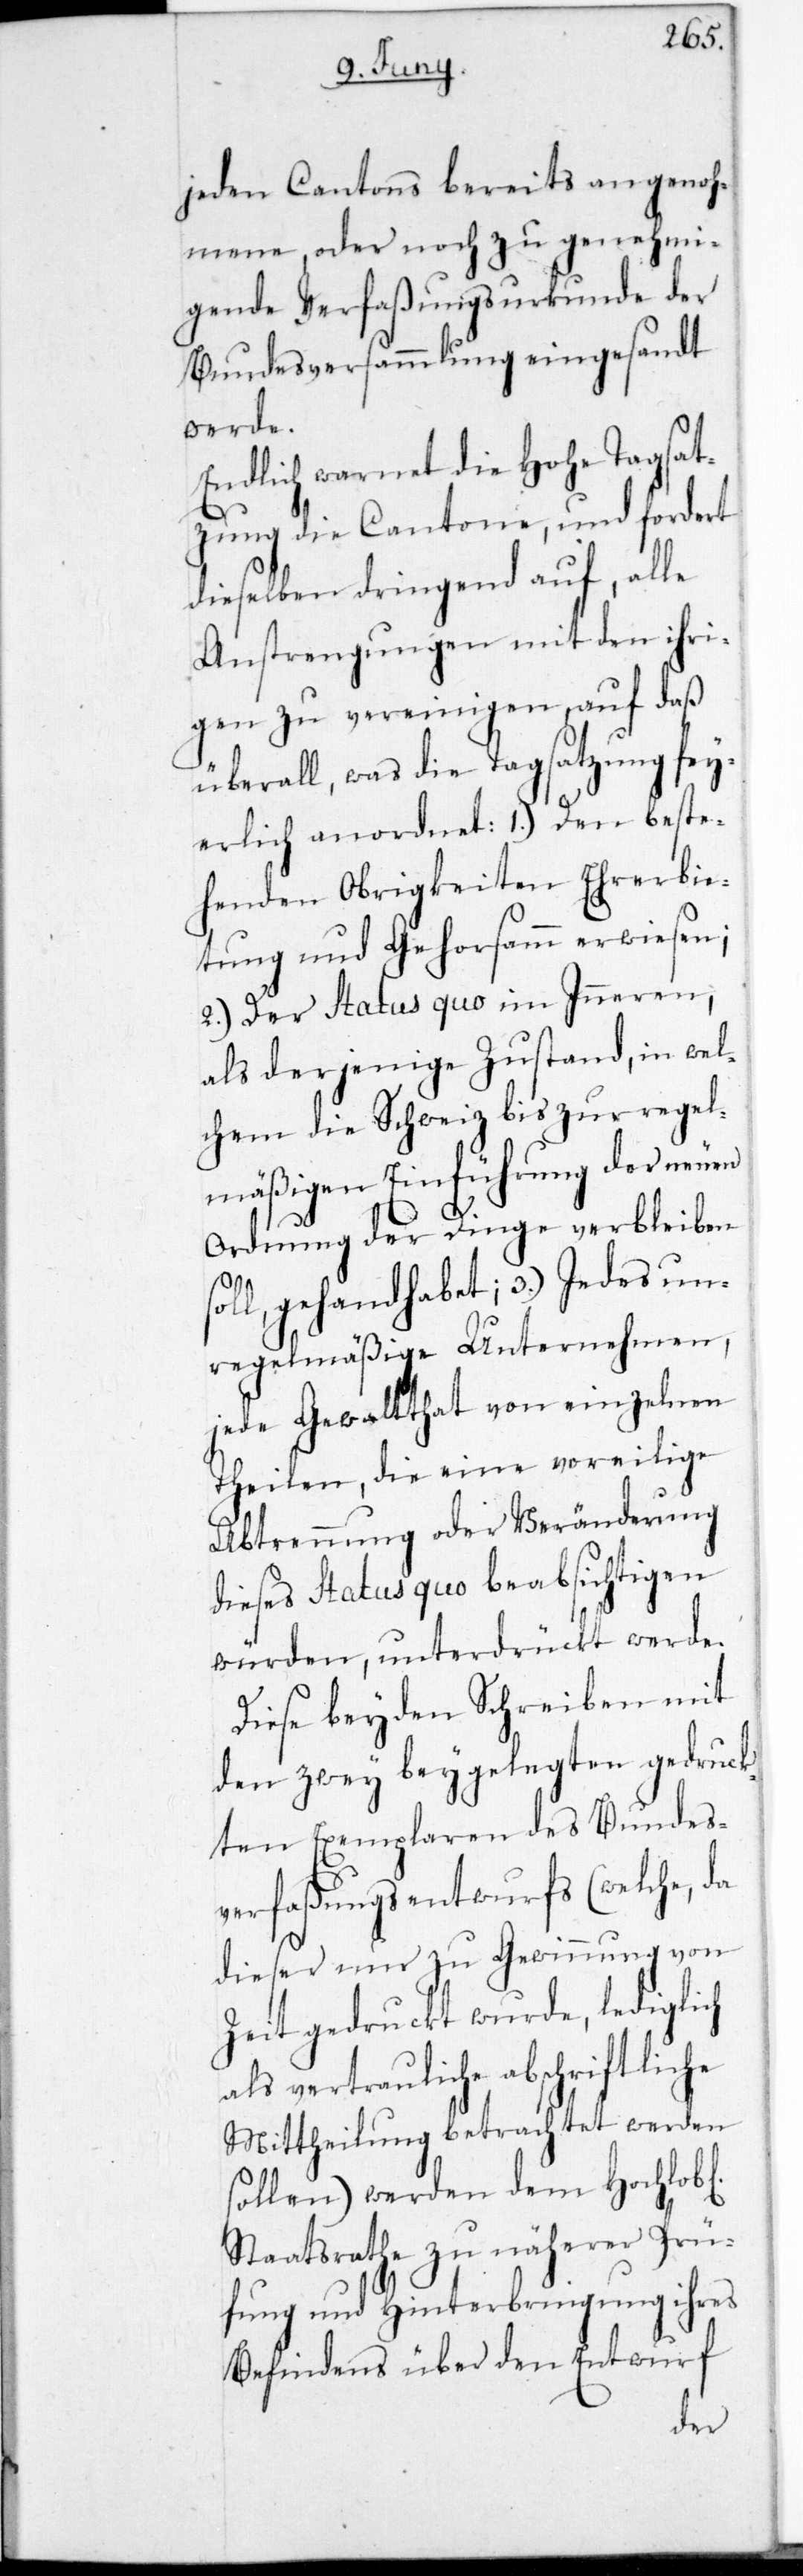
jeden Cantons bereits angenoh¬
mene, oder noch zu genehmi¬
gende Verfaßungsurkunde der
Bundesversammlung eingesandt
erlich
Endlich warnet die Hohe Tagsat¬
zung die Cantone, und forderet
dieselben dringend auf, alle
Anstrengungen mit den ihri¬
gen zu vereinigen, auf daß
überall, was die Tagsatzung fei¬
ehenden Obrigkeiten Ehrerbie¬
tung und Gehorsamm erwiesen;
2.) Der Status quo im Inneren,
als derjenige Zustand, in wel¬
chem die Schweiz bis zur regel¬
mäßigen Einführung der neuen
Ordnung der Dinge verbleiben
unregelmäßige Unternehmen,
jede Gewaltthat von einzelnen
Theilen, die eine voreilige
Abtrennung oder Veränderung
dieses Status quo beabsichtigen
würden, unterdrückt werde.
Diese beyden Schreiben mit
den zwey beygelegten gedruck¬
ten Exemplaren des Bundes¬
verfaßungsentwurfs (welche, da
dieser nur zu Gewinnung von
Zeit gedruckt wurde, lediglich
als vertrauliche abschriftliche
Mittheilung betrachtet werden
sollen), werden dem Hochlobl.
Staatsrate zu näherer Prü¬
fung und Hinterbringung ihres
Befindens über den Entwurf
best¬